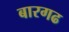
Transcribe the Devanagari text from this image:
बारगढ